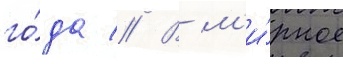
го́да // В м'и́рное